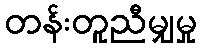
တန်းတူညီမျှမှု